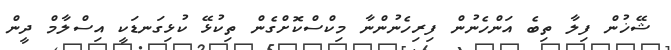
ޝޭޚުން ފިލާ ތިބެ އަންހެނުން ފިރިހެނުންނާ މިކްސްކޮށްގެން ތިކުޅޭ ކުޅިގަނޑަކީ އިސްލާމް ދީން